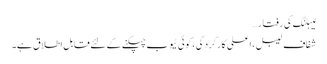
لیبلنگ کی رفتار…
شفاف لیبل ، اعلی کارکردگی ، کوئی ٹیوب چپکنے کے لئے قابل اطلاق ہے۔